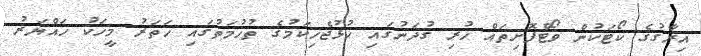
އިރާގުގެ ކޯޓަކުން ވޯޓްފޮށިތައް ހުރި ގުދަނުގައި ހުޅުޖެހިކަމުގެ ތުހުމަތުގައި ހަތަރު މީހަކު ހައްޔަރު